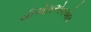
બીએસએનએલ